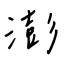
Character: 澎